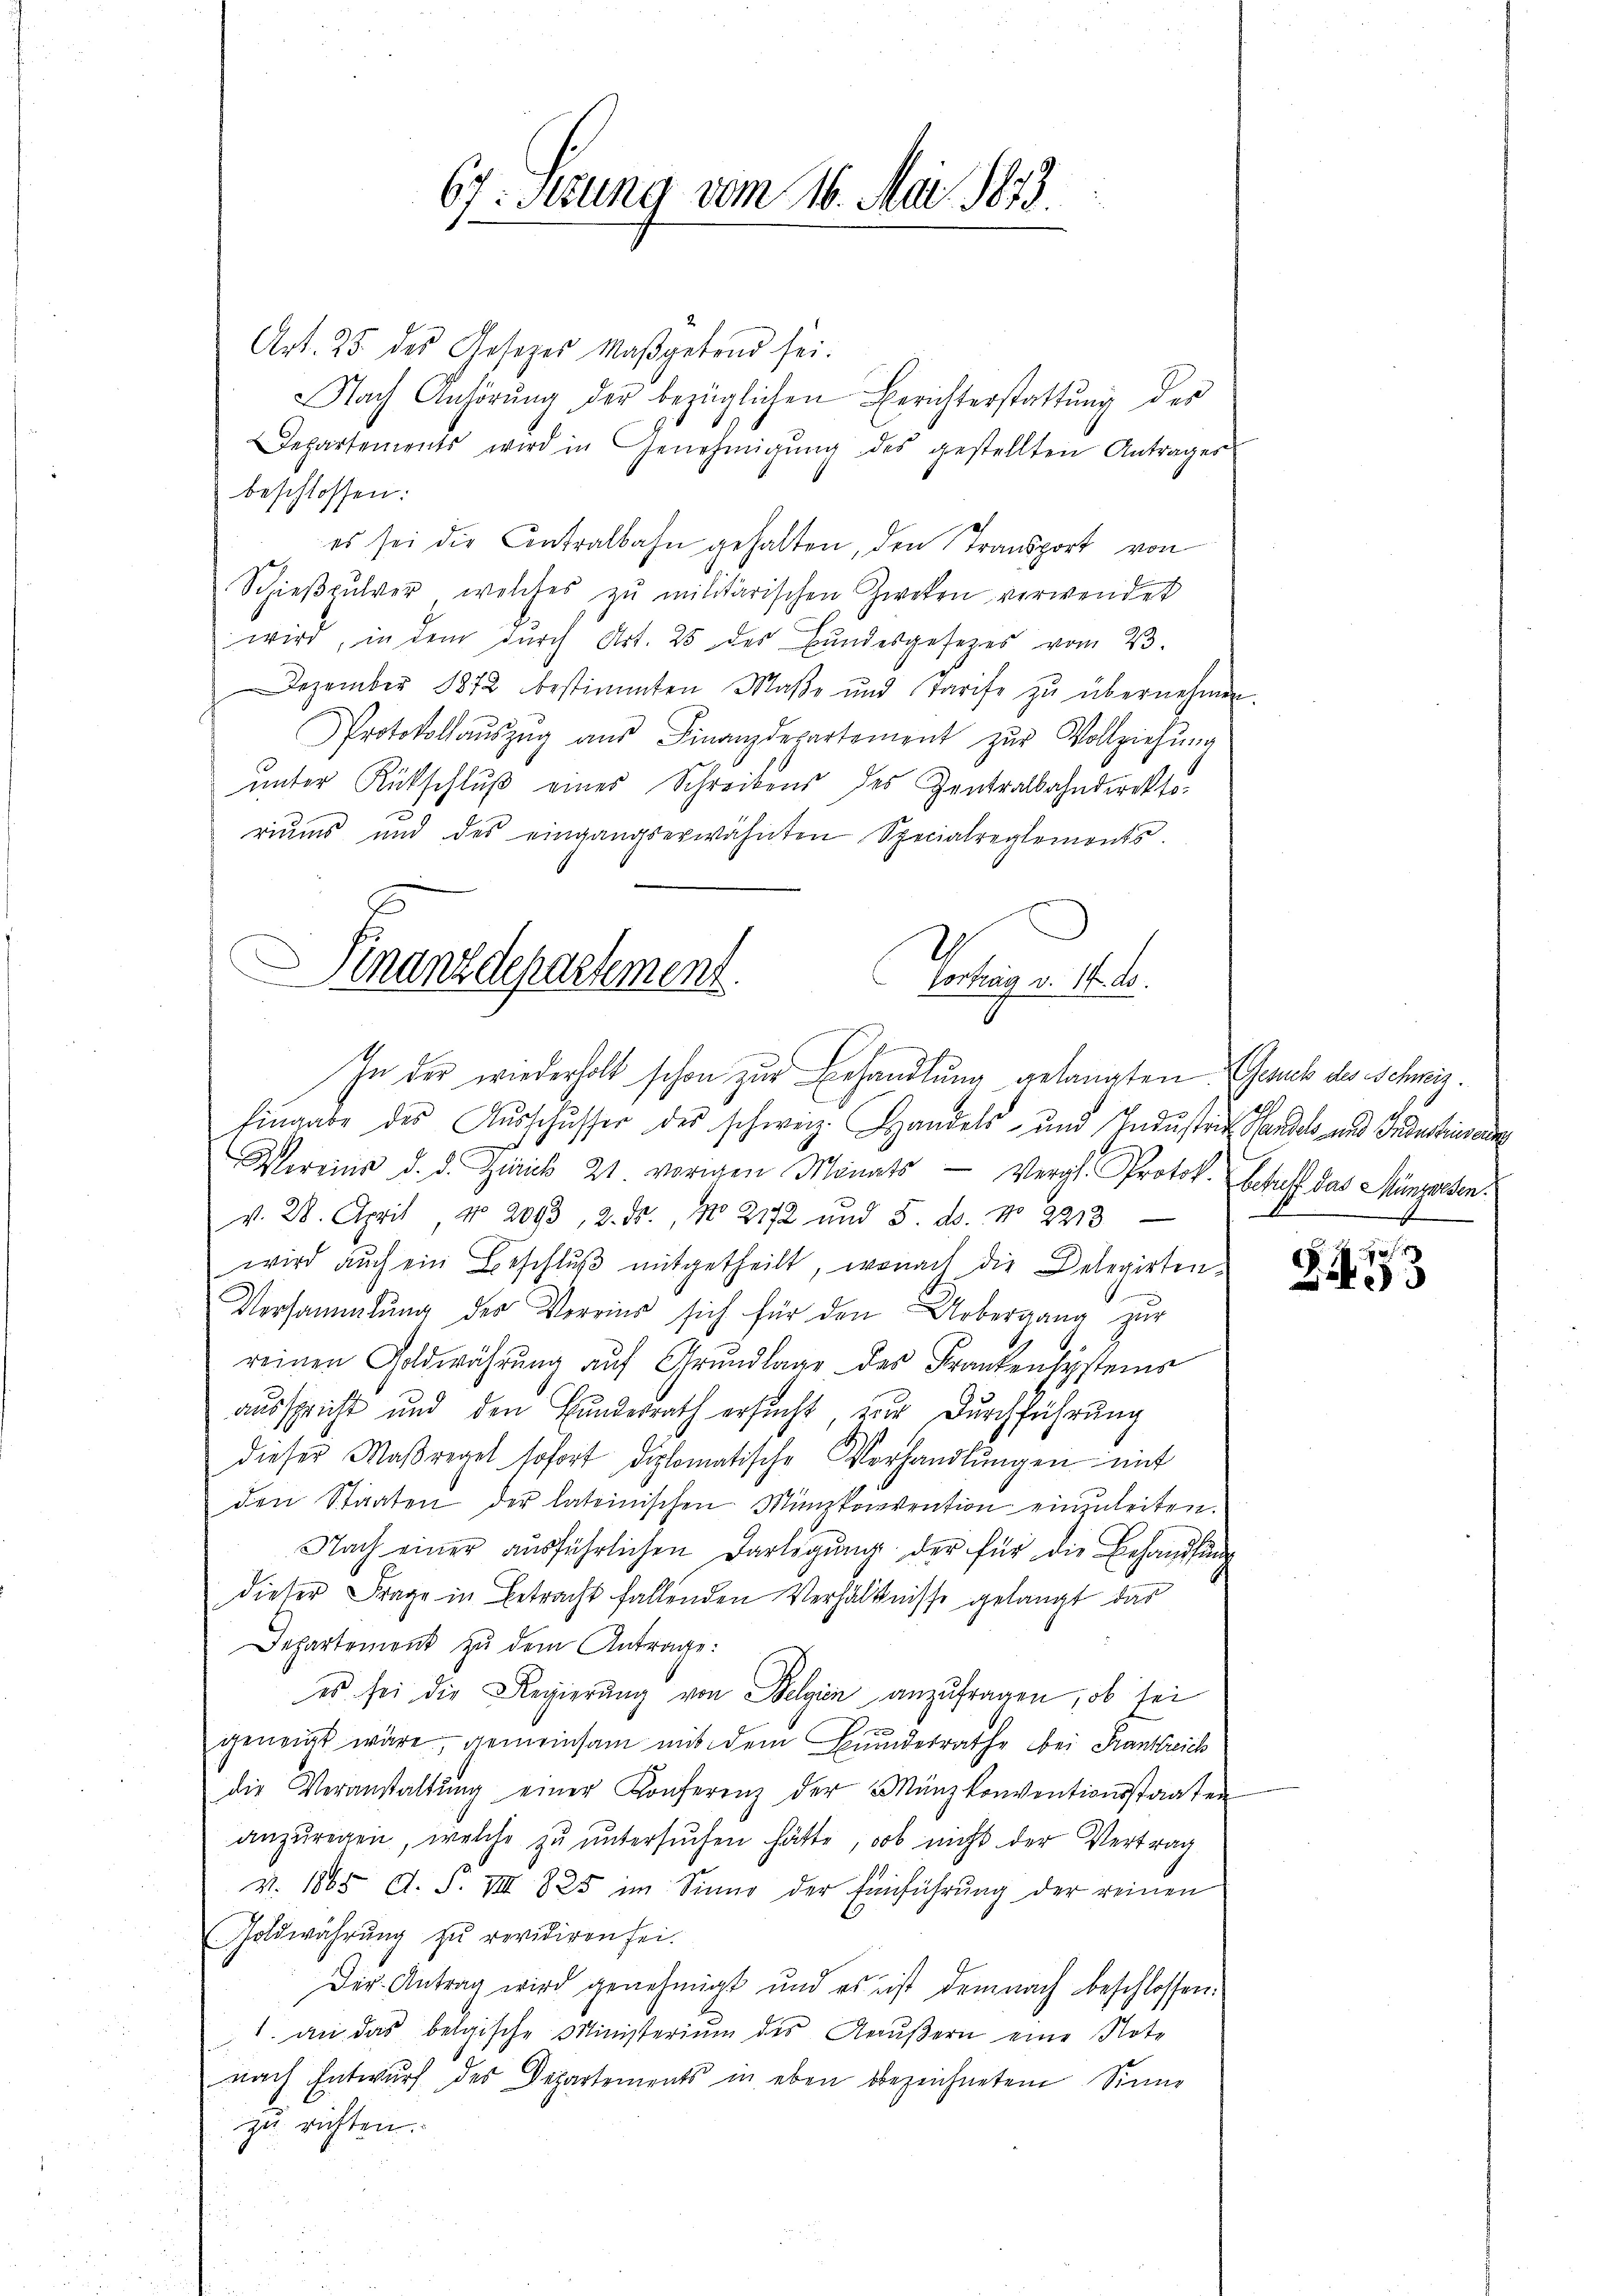
67:Stzung vom 16. Mai 1873.

Art. 25 des Gesetzes Maßgebend sei.
Nach Anhörŭng der bezüglichen Berichterstattŭng der
Departements wird in Genehmigŭng des gestellten Antragen
beschlossen:
es sei die Antralbahn gehalten, den Transport von
Schieβpulver, welches zŭ militärischen Zweken verwendet
wird, in dem durch Art. 25 der Bundesgesezes vom 23.
Dezember 1872 bestimmten Maβe und Tarife zŭ übernehmen.
Protokollaŭszŭg aŭs Finanzdepartement zŭr Vollziehŭng
unter Rückschlŭβ eines Schreibens des Zentralbahndirektoriums und des eingangserwähnten Specialreglements.
Finanzdepartement
Vortrag d. 14. d.

In der wiederholt schon zur Behandlung gelangten Gesuch des Schweiz.
Eingabe des Aŭsschusser des schweiz. Handels- und Industrie Handels- und Industrinnerung

Vereine d. d. Zürick 21. vorigen Monats Vergl. Protok. betreff das Müngersenv. 28. April No 2093, 2. ds., No 2172 und 5. ds. No. 2213
wird auch ein Beschlŭβ mitgetheilt, wonach die Belegirten-
x
Versammlung des Vereins sich für den Uebergang zur
reinen Goldwährung auf Grundlage des Frankensystems
ausspricht und den Bundesrath ersŭcht, zur Durchführung
dieser Maßregel sofort diplomatische Vorhandlŭngen mit
den Staaten der lateinischen Münzkonvention einzuleiten.
Nach einer ausführlichen Darlegung der für die Behandlung
dieser Frage in Betracht fallenden Verhältnisse gelangt das
Departement zu dem Antrage:
es sei die Regierung von Belgien anzufragen, ob sei
geneigt wäre, gemeinsam mit dem Bundesrathe bei Frankreich
die Veranstaltŭng einer Konferenz der Münzkonventionsstaaten
anzuregen, welche zu untersuchen hätte, ob nicht der Vertrag
v. 1865 d. F. VIII 825 im Sinne der Einführŭng der reinen
Goldwährŭng zŭ revidiren sei.
Der Antrag wird genehmigt und es ist demnach beschlossen.
1. an das belgische Ministerium des Aeußern eine Note
nach Entwurf des Departements in eben bezeichnetem Sinne
zu richten.

S.453